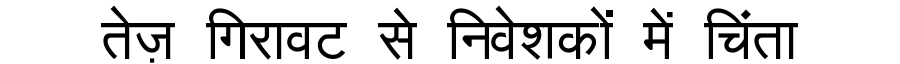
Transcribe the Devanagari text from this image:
तेज़ गिरावट से निवेशकों में चिंता